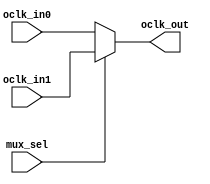
// This program was cloned from: https://github.com/chipsalliance/aib-phy-hardware
// License: Apache License 2.0

// SPDX-License-Identifier: Apache-2.0
// Copyright (C) 2019 Intel Corporation. 
// Library - aibnd_lib, Cell - aibnd_red_clkmux2, View - schematic
// LAST TIME SAVED: Apr 27 12:38:24 2015
// NETLIST TIME: May 11 08:44:04 2015
//`timescale 1ns / 1ns 

module aibnd_clkmux2 ( mux_sel, oclk_in1, oclk_in0, oclk_out );

output  oclk_out;

input  oclk_in1, oclk_in0, mux_sel;

// List of primary aliased buses

/*
specify 
    specparam CDS_LIBNAME  = "aibnd_lib";
    specparam CDS_CELLNAME = "aibnd_red_clkmux2";
    specparam CDS_VIEWNAME = "schematic";
endspecify
*/

assign oclk_out = mux_sel ?  oclk_in1 : oclk_in0 ;


endmodule


// End HDL models